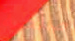
صلصة